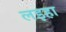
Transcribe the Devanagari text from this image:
लइहा